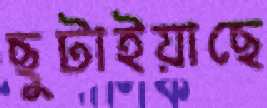
ছুটাইয়াছে